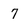
Character: 7